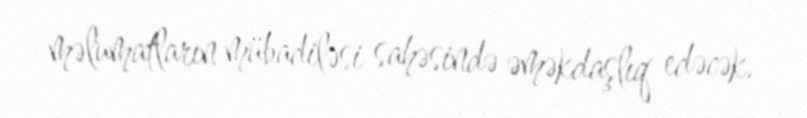
məlumatların mübadiləsi sahəsində əməkdaşlıq edəcək.